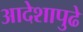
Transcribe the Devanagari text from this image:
आदेशापुढे